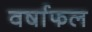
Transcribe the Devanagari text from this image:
वर्षाफल